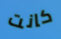
كانت